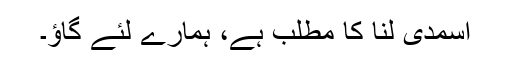
اسمدی لنا کا مطلب ہے، ہمارے لئے گاؤ۔